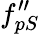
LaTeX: f_{pS}^{\prime\prime}